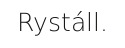
Rystáll.